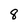
Character: 8